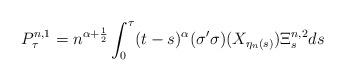
LaTeX: \begin{align*} P^{n,1}_\tau =n^{\alpha+\frac12}\int^{\tau}_0(t-s)^{\alpha} (\sigma'\sigma)(X_{\eta_n(s)}) \Xi^{n,2}_s ds \end{align*}